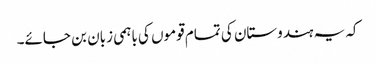
کہ یہ ہندوستان کی تمام قوموں کی باہمی زبان بن جائے۔